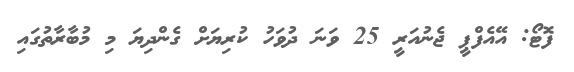
ފޮޓޯ: އޭއެފްޕީ ޖެނުއަރީ 25 ވަނަ ދުވަހު ކުރިޔަށް ގެންދިޔަ މި މުބާރާތުގައި